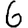
Digit: 6